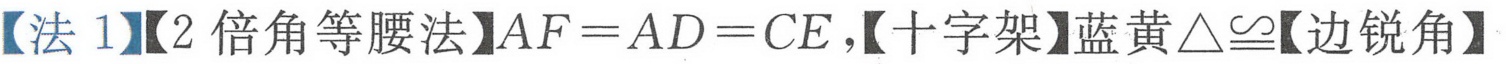
【法 1】【2 倍角等腰法】$AF = AD = CE$，【十字架】蓝黄$\triangle\cong$【边锐角】